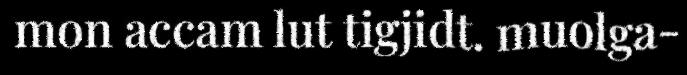
mon accam lut tigjidt. muolga-